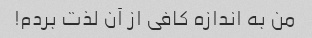
من به اندازه کافی از آن لذت بردم!